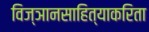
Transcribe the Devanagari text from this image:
विज्ञानसाहित्याकरिता